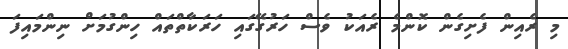
މި ރެއިން ފެށިގެން ކޮންމެ ރެއަކު ވެސް ހަރުގޭގައި ހަރަކާތްތައް ހިންގުމަށް ނިންމައިފަ